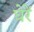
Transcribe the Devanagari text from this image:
घेरें